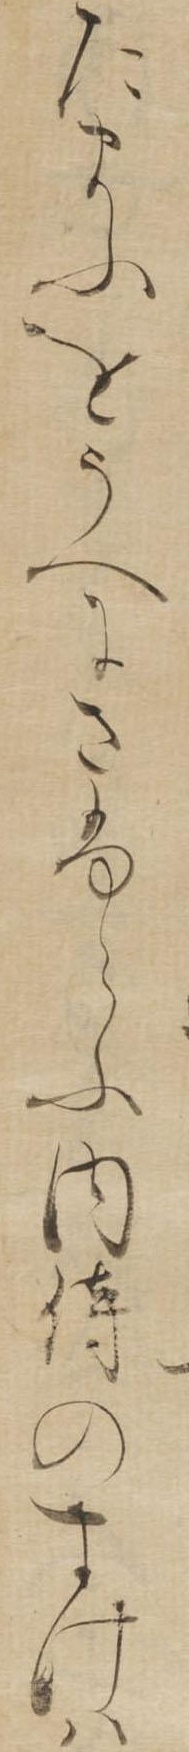
たまふをうへにさふらふ内侍のすけは